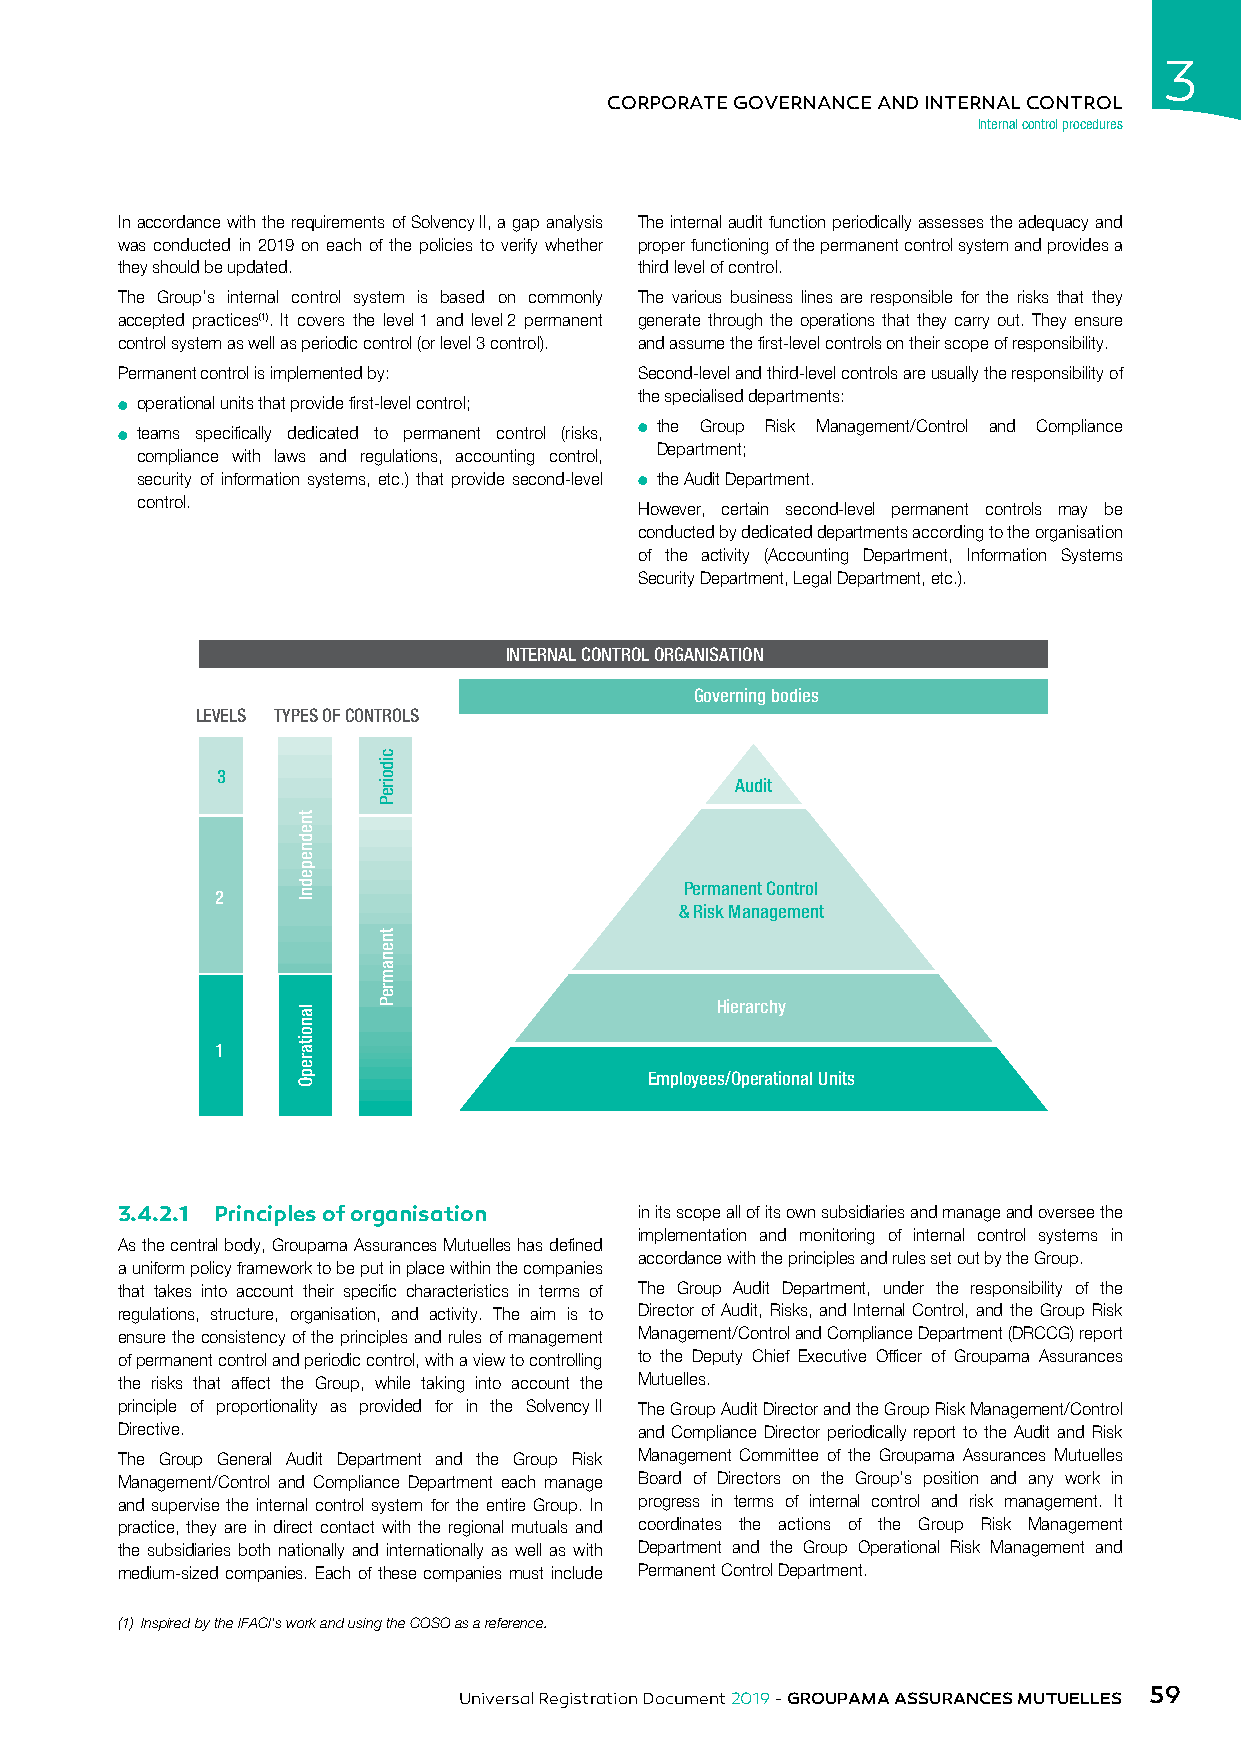
3
 CORPORATE GOVERNANCE AND INTERNAL CONTROL
 Internal control procedures
 In accordance with the requirements of Solvency II, a gap analysis The internal audit function periodically assesses the adequacy and
 was conducted in 2019 on each of the policies to verify whether proper functioning of the permanent control system and provides a
 they should be updated.           third level of control.
 The Group’s internal control system is based on commonly The various business lines are responsible for the risks that they
 accepted practices(1). It covers the level 1 and level 2 permanent generate through the operations that they carry out. They ensure
 control system as well as periodic control (or level 3 control). and assume the first-level controls on their scope of responsibility.
 Permanent control is implemented by: Second-level and third-level controls are usually the responsibility of
 the specialised departments:
 ● operational units that provide first-level control;
 ● teams specifically dedicated to permanent control (risks, ● the Group Risk Management/Control and Compliance
 Department;
 compliance with laws and regulations, accounting control,
 security of information systems, etc.) that provide second-level ● the Audit Department.
 control.
 However, certain second-level permanent controls may be
 conducted by dedicated departments according to the organisation
 of the activity (Accounting Department, Information Systems
 Security Department, Legal Department, etc.).
 INTERNAL CONTROL ORGANISATION
 Governing bodies
 LEVELS TYPES OF CONTROLS
 3
 Audit
 Permanent Control
 2
 & Risk Management
 Hierarchy
 1
 Employees/Operational Units
 3.4.2.1 Principles of organisation in its scope all of its own subsidiaries and manage and oversee the
 implementation and monitoring of internal control systems in
 As the central body, Groupama Assurances Mutuelles has defined
 accordance with the principles and rules set out by the Group.
 a uniform policy framework to be put in place within the companies
 that takes into account their specific characteristics in terms of The Group Audit Department, under the responsibility of the
 regulations, structure, organisation, and activity. The aim is to Director of Audit, Risks, and Internal Control, and the Group Risk
 ensure the consistency of the principles and rules of management Management/Control and Compliance Department (DRCCG) report
 of permanent control and periodic control, with a view to controlling to the Deputy Chief Executive Officer of Groupama Assurances
 the risks that affect the Group, while taking into account the Mutuelles.
 principle of proportionality as provided for in the Solvency II The Group Audit Director and the Group Risk Management/Control
 Directive.                        and Compliance Director periodically report to the Audit and Risk
 The Group General Audit Department and the Group Risk Management Committee of the Groupama Assurances Mutuelles
 Management/Control and Compliance Department each manage Board of Directors on the Group’s position and any work in
 and supervise the internal control system for the entire Group. In progress in terms of internal control and risk management. It
 practice, they are in direct contact with the regional mutuals and coordinates the actions of the Group Risk Management
 the subsidiaries both nationally and internationally as well as with Department and the Group Operational Risk Management and
 medium-sized companies. Each of these companies must include Permanent Control Department.
 (1) Inspired by the IFACI’s work and using the COSO as a reference.
 59
 Universal Registration Document 2019 - GROUPAMA ASSURANCES MUTUELLES
 tnednepednI
 lanoitarepO
 cidoireP
 tnenamreP